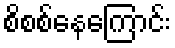
စိစစ်နေကြောင်း